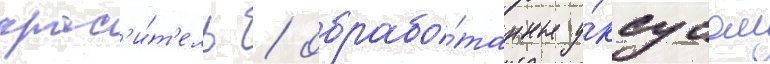
крас'и́т'ель / обрабо́танные у́ксусом